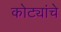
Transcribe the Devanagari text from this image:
कोट्यांचे